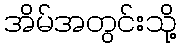
အိမ်အတွင်းသို့